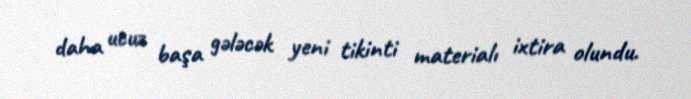
daha ucuz başa gələcək yeni tikinti materialı ixtira olundu.